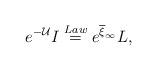
LaTeX: \begin{align*}e^{-\mathcal{U}}I\stackrel{Law}{=}e^{\overline{\xi}_{\infty}}L,\end{align*}